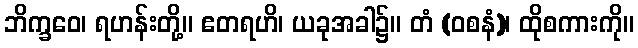
ဘိက္ခဝေ၊ ရဟန်းတို့။ ဧတရဟိ၊ ယခုအခါ၌။ တံ (ဝစနံ)၊ ထိုစကားကို။